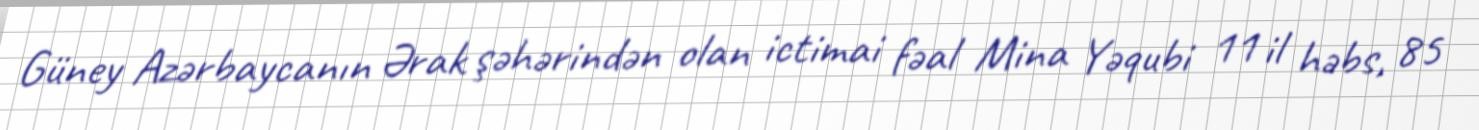
Güney Azərbaycanın Ərak şəhərindən olan ictimai fəal Mina Yəqubi 11 il həbs, 85